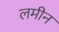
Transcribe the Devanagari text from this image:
लमीन